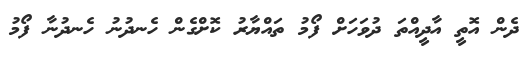
ދެން އޮތީ އާދީއްތަ ދުވަހަށް ފޯމު ތައްޔާރު ކޮށްގެން ހެނދުނު ހެނދުނާ ފޯމު